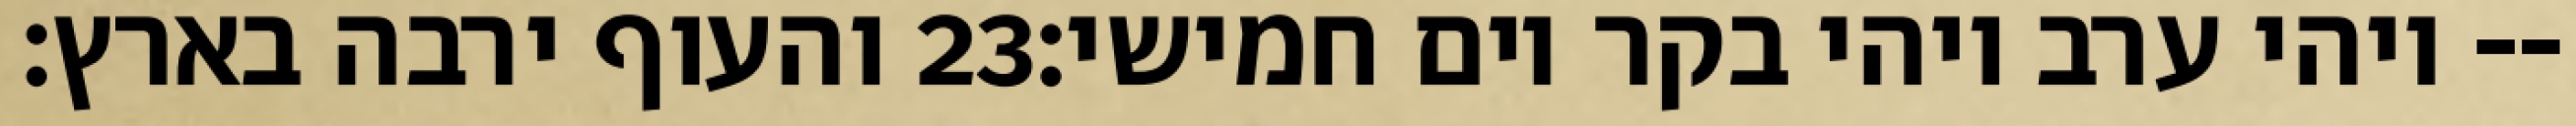
והעוף ירבה בארץ׃ ‎23‏ ויהי ערב ויהי בקר יום חמישי׃--